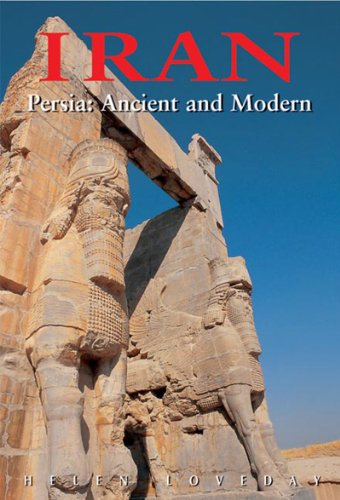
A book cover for Iran: Persia: Ancient and Modern, Third Edition (Odyssey Illustrated Guides); Helen Loveday; Travel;